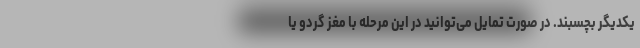
یکدیگر بچسبند. در صورت تمایل می‌توانید در این مرحله با مغز گردو یا